Report on the working of the Ranchi Indian Mental Hospital, Kanke, in Bihar and Orissa - 1930-1940
Year: 1930
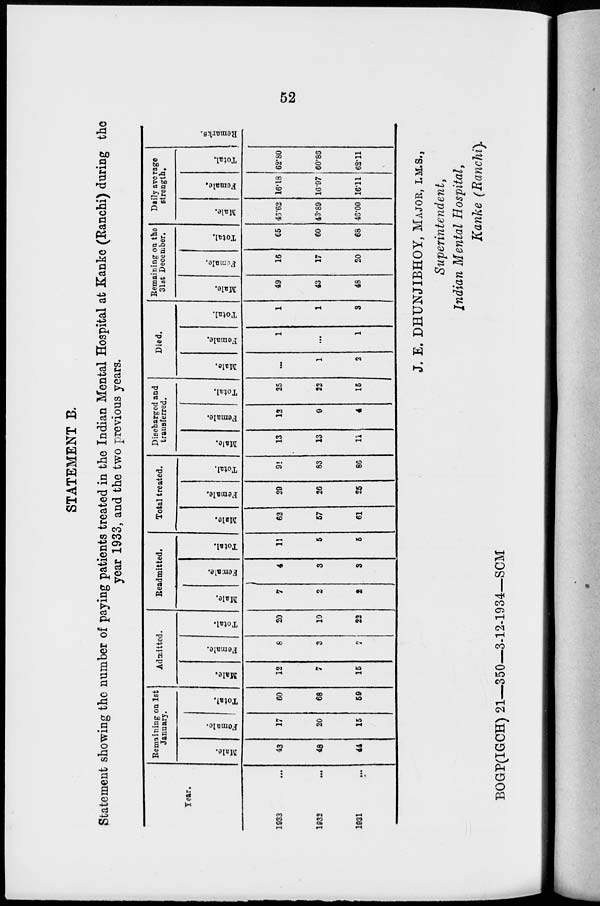
52
STATEMENT B.
Statement showing the number of paying patients treated in the Indian Mental Hospital at Kanke (Ranchi) during the
year 1933, and the two previous years.
Year.
1933 ...
1932 ...
1931 ...
Remaining on 1st
January.
Male.
43
48
44
Female.
17
20
15
Total.
60
68
59
Admitted.
Male.
12
7
15
Female.
8
3
7
Total.
20
10
22
Readmitted.
Male.
7
2
2
Female.
4
3
3
Total.
11
5
5
Total treated.
Male.
62
57
61
Female.
29
26
25
Total.
91
83
86
Discharged and
transferred.
Male.
13
13
11
Female.
12
9
4
Total.
25
22
15
Died.
Male.
...
1
2
Female.
1
...
1
Total.
1
1
3
Remaining on the
31st December.
Male.
49
43
48
Female.
16
17
20
Total.
65
60
68
Daily average
strength.
Male.
46.62
43.89
46.00
Female.
16.18
16.97
16.11
Total.
62.80
60.86
62.11
Remarks.
J. E. DHUNJIBHOY, MAJOR, I.M.S.,
Superintendent,
Indian Mental Hospital,
Kanke (Ranchi).
BOGP(IGCH) 21—350—3-12-1934—SCM